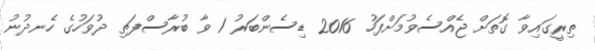
ތިރީގައިވާ ގޮތަށް ޖެއްސެވުމަށްފަހު 2016 ޑިސެންބަރު 1 ވާ ބުރާސްފަތި ދުވަހުގެ ހެނދުނު